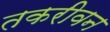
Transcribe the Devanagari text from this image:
तकरीवन